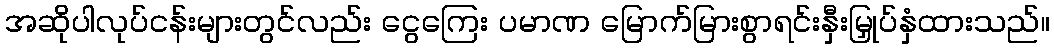
အဆိုပါလုပ်ငန်းများတွင်လည်း ငွေကြေး ပမာဏ မြောက်မြားစွာရင်းနှီးမြှုပ်နှံထားသည်။